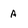
Character: A